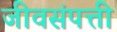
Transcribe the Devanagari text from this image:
जीवसंपत्ती